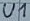
Text: U1